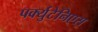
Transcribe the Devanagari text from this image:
पर्क्युटेनिएस